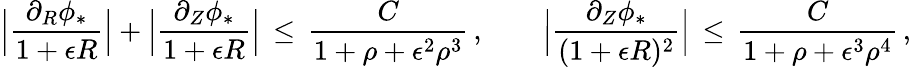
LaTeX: \Bigl|\frac{\partial_{R}\phi_{*}}{1+\epsilon R}\Bigr|+\Bigl|\frac{\partial_{Z}\phi_{*}}{1+\epsilon R}\Bigr|\, \le\, \frac{C}{1+\rho+\epsilon^{2}\rho^{3}}\, ,\qquad\Bigl|\frac{\partial_{Z}\phi_{*}}{(1+\epsilon R)^{2}}\Bigr|\, \le\, \frac{C}{1+\rho+\epsilon^{3}\rho^{4}}\, ,